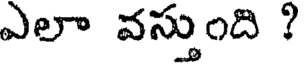
ఎలా వస్తుంది ?